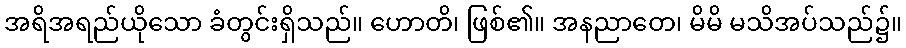
အရိအရည်ယိုသော ခံတွင်းရှိသည်။ ဟောတိ၊ ဖြစ်၏။ အနညာတေ၊ မိမိ မသိအပ်သည်၌။